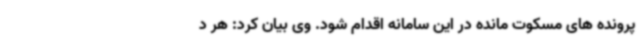
پرونده های مسکوت مانده در این سامانه اقدام شود. وی بیان کرد: هر د